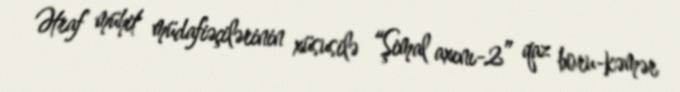
Ətraf mühit müdafiəçilərinin xüsusilə “Şimal axını-2” qaz boru-kəmər